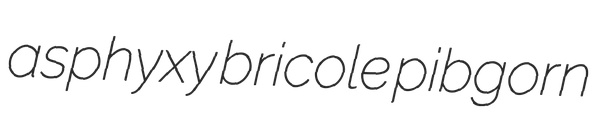
asphyxy bricole pibgorn